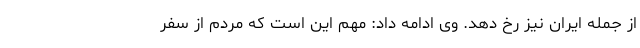
از جمله ایران نیز رخ دهد. وی ادامه داد: مهم این است که مردم از سفر